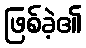
ဖြစ်ခဲ့၏